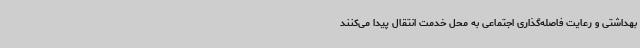
بهداشتی و رعایت فاصله‌گذاری اجتماعی به محل خدمت انتقال پیدا می‌کنند